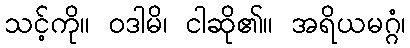
သင့်ကို။ ဝဒါမိ၊ ငါဆို၏။ အရိယမဂ္ဂံ၊